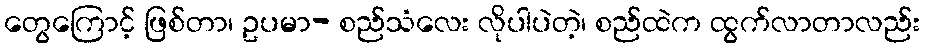
တွေကြောင့် ဖြစ်တာ၊ ဥပမာ- စည်သံလေး လိုပါပဲတဲ့၊ စည်ထဲက ထွက်လာတာလည်း